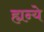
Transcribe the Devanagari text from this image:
ह्यन्ये